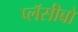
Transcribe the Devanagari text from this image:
प्लॅसीबो